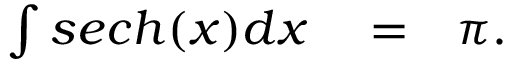
\begin{array} { r l r } { \int s e c h ( x ) d x } & { { } = } & { \pi . } \end{array}